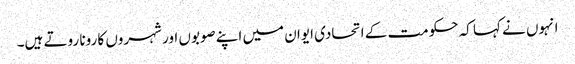
انہوں نے کہا کہ حکومت کے اتحادی ایوان میں اپنے صوبوں اور شہروں کا رونا روتے ہیں۔